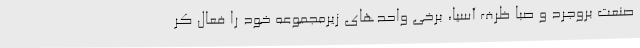
صنعت بروجرد و صبا ظرف آسیا، برخی واحدهای زیرمجموعه خود را فعال کر